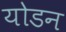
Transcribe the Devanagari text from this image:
योडन